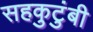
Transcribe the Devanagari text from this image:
सहकुटुंबी